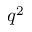
q ^ { 2 }